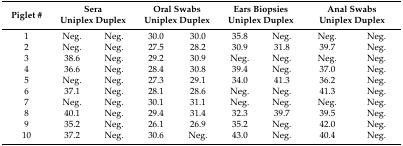
<table><thead><tr><td><b>Piglet #</b></td><td colspan="2"><b>SeraUniplex Duplex</b></td><td colspan="2"><b>Oral SwabsUniplex Duplex</b></td><td colspan="2"><b>Ears BiopsiesUniplex Duplex</b></td><td colspan="2"><b>Anal Swabs Uniplex Duplex</b></td></tr></thead><tbody><tr><td>1</td><td>Neg.</td><td>Neg.</td><td>30.0</td><td>30.0</td><td>35.8</td><td>Neg.</td><td>Neg.</td><td>Neg.</td></tr><tr><td>2</td><td>Neg.</td><td>Neg.</td><td>27.5</td><td>28.2</td><td>30.9</td><td>31.8</td><td>39.7</td><td>Neg.</td></tr><tr><td>3</td><td>38.6</td><td>Neg.</td><td>29.2</td><td>30.9</td><td>Neg.</td><td>Neg.</td><td>Neg.</td><td>Neg.</td></tr><tr><td>4</td><td>36.6</td><td>Neg.</td><td>28.4</td><td>30.8</td><td>39.4</td><td>Neg.</td><td>37.0</td><td>Neg.</td></tr><tr><td>5</td><td>Neg.</td><td>Neg.</td><td>27.3</td><td>29.1</td><td>34.0</td><td>41.3</td><td>36.2</td><td>Neg.</td></tr><tr><td>6</td><td>37.1</td><td>Neg.</td><td>28.1</td><td>28.6</td><td>Neg.</td><td>Neg.</td><td>41.3</td><td>Neg.</td></tr><tr><td>7</td><td>Neg.</td><td>Neg.</td><td>30.1</td><td>31.1</td><td>Neg.</td><td>Neg.</td><td>Neg.</td><td>Neg.</td></tr><tr><td>8</td><td>40.1</td><td>Neg.</td><td>29.4</td><td>31.4</td><td>32.3</td><td>39.7</td><td>39.5</td><td>Neg.</td></tr><tr><td>9</td><td>35.2</td><td>Neg.</td><td>26.1</td><td>26.9</td><td>35.2</td><td>Neg.</td><td>42.0</td><td>Neg.</td></tr><tr><td>10</td><td>37.2</td><td>Neg.</td><td>30.6</td><td>Neg.</td><td>43.0</td><td>Neg.</td><td>40.4</td><td>Neg.</td></tr></tbody></table>